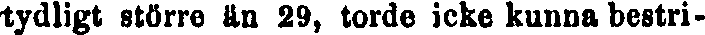
tydligt större än 29, torde icke kunna bestri-